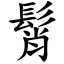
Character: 髾